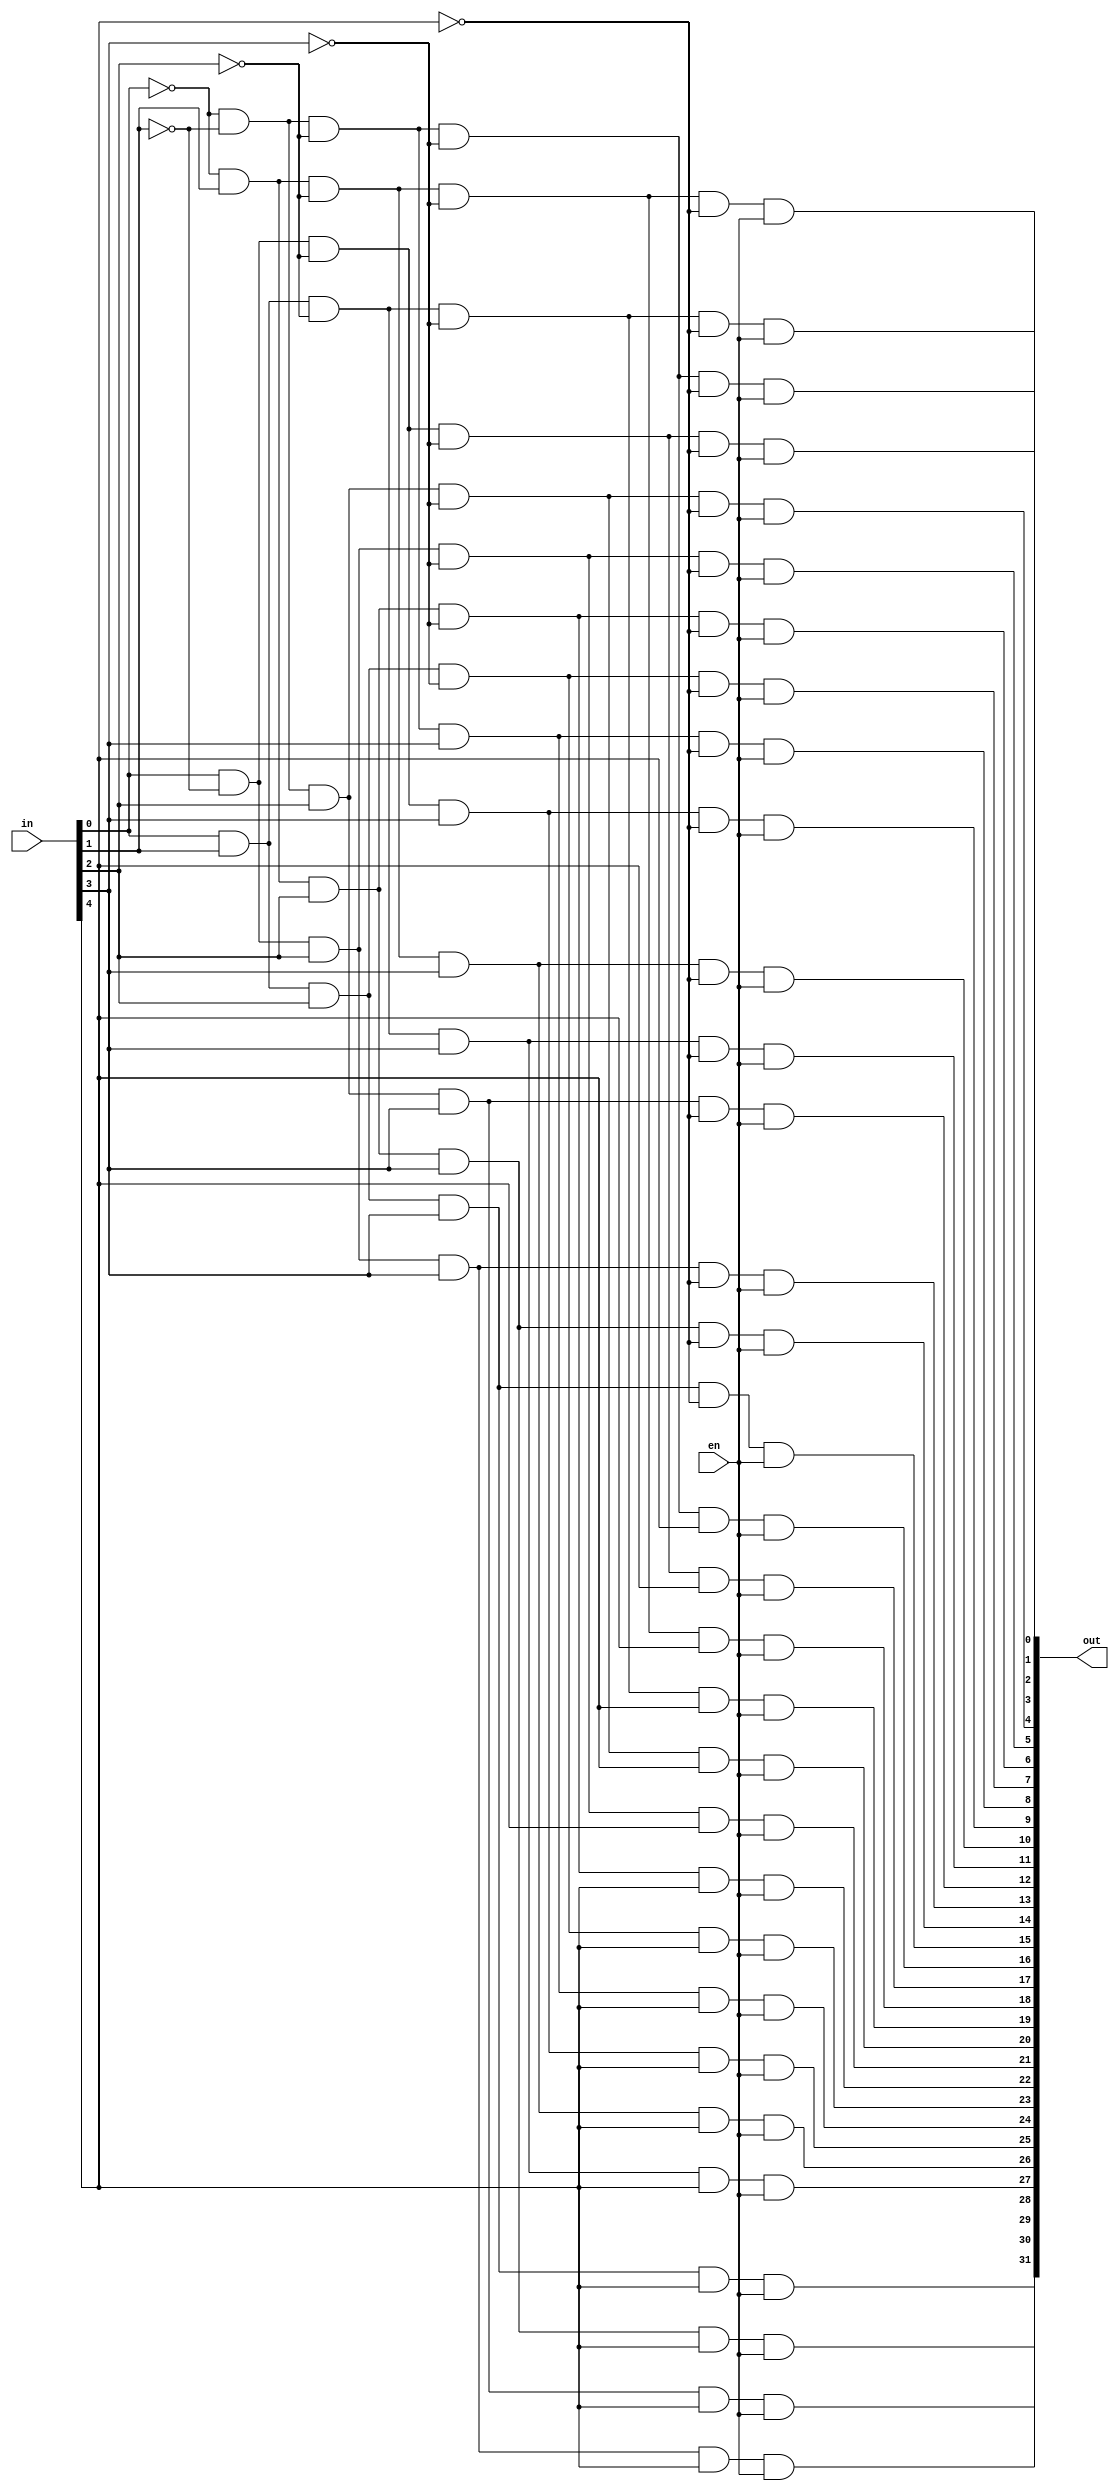
module myDecoder(in, en, out);
  input [4:0] in;
  input en;
  output [31:0] out;
  wire [4:0] Nin;


  not(Nin[0], in[0]);
  not(Nin[1], in[1]);
  not(Nin[2], in[2]);
  not(Nin[3], in[3]);
  not(Nin[4], in[4]);
  
  and(out[0], Nin[0], Nin[1], Nin[2], Nin[3], Nin[4], en);
  and(out[1], in[0], Nin[1], Nin[2], Nin[3], Nin[4], en);
  and(out[2], Nin[0], in[1], Nin[2], Nin[3], Nin[4], en);
  and(out[3], in[0], in[1], Nin[2], Nin[3], Nin[4], en);
  and(out[4], Nin[0], Nin[1], in[2], Nin[3], Nin[4], en);
  and(out[5], in[0], Nin[1], in[2], Nin[3], Nin[4], en);
  and(out[6], Nin[0], in[1], in[2], Nin[3], Nin[4], en);
  and(out[7], in[0], in[1], in[2], Nin[3], Nin[4], en);
  and(out[8], Nin[0], Nin[1], Nin[2], in[3], Nin[4], en);
  and(out[9], in[0], Nin[1], Nin[2], in[3], Nin[4], en);
  and(out[10], Nin[0], in[1], Nin[2], in[3], Nin[4], en);
  and(out[11], in[0], in[1], Nin[2], in[3], Nin[4], en);
  and(out[12], Nin[0], Nin[1], in[2], in[3], Nin[4], en);
  and(out[13], in[0], Nin[1], in[2], in[3], Nin[4],en);
  and(out[14], Nin[0], in[1], in[2], in[3], Nin[4], en);
  and(out[15], in[0], in[1], in[2], in[3], Nin[4], en);
  and(out[16], Nin[0], Nin[1], Nin[2], Nin[3], in[4], en);
  and(out[17], in[0], Nin[1], Nin[2], Nin[3], in[4], en);
  and(out[18], Nin[0], in[1], Nin[2], Nin[3], in[4], en);
  and(out[19], in[0], in[1], Nin[2], Nin[3], in[4], en);
  and(out[20], Nin[0], Nin[1], in[2], Nin[3], in[4], en);
  and(out[21], in[0], Nin[1], in[2], Nin[3], in[4], en);
  and(out[22], Nin[0], in[1], in[2], Nin[3], in[4], en);
  and(out[23], in[0], in[1], in[2], Nin[3], in[4], en);
  and(out[24], Nin[0], Nin[1], Nin[2], in[3], in[4], en);
  and(out[25], in[0], Nin[1], Nin[2], in[3], in[4], en);
  and(out[26], Nin[0], in[1], Nin[2], in[3], in[4], en);
  and(out[27], in[0], in[1], Nin[2], in[3], in[4], en);
  and(out[28], Nin[0], Nin[1], in[2], in[3], in[4], en);
  and(out[29], in[0], Nin[1], in[2], in[3], in[4], en);
  and(out[30], Nin[0], in[1], in[2], in[3], in[4], en);
  and(out[31], in[0], in[1], in[2],in[3],in[4], en);
endmodule